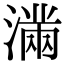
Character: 𭲞